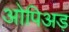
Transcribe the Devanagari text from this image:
ओपिअड़